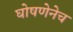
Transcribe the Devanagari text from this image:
घोषणेनेच